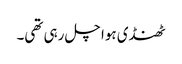
ٹھنڈی ہوا چل رہی تھی۔